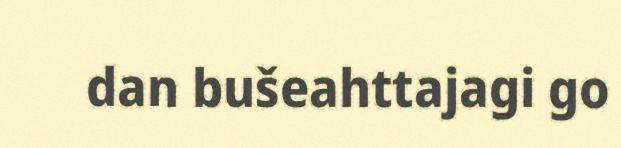
dan bušeahttajagi go